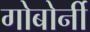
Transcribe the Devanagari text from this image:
गोबोर्नी